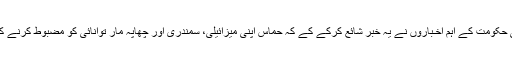
حالیہ دنوں میں ہارٹض، اسرائیل ٹو ڈے، واللا، یدیعوت آحارنوت جیسے صیہونی حکومت کے اہم اخـباروں نے یہ خبر شائع کرکے کے کہ حماس اپنی میزائيلی، سمندری اور چھاپہ مار توانائی کو مضبوط کرنے کے درپئے ہے، اسرائیل کے ساتھ حماس کی چوتھی جنگ کی پیشنگوئی کی ہے۔